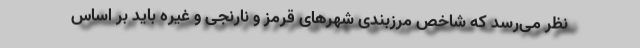
نظر می‌رسد که شاخص مرزبندی شهرهای قرمز و نارنجی و غیره باید بر اساس